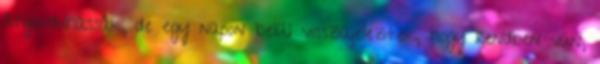
átgondolhassák, de egy napon belül visszajeleztek, hogy rendben van,